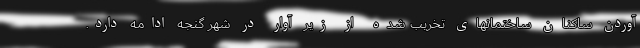
آوردن ساکنان ساختمانهای تخریب شده از زیر آوار در شهر گنجه ادامه دارد.